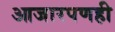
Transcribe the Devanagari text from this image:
आजारपणही